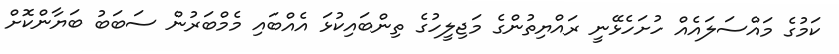
ކަމުގެ މައްސަލައެއް ހުށަހެޅޭނީ ރައްޔިތުންގެ މަޖިލީހުގެ ތިންބައިކުޅަ އެއްބައި މެމްބަރުން ސަބަބު ބަޔާންކޮށް